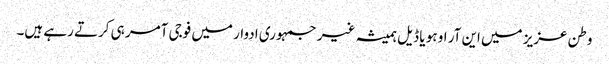
وطن عزیز میں این آر او ہو یا ڈیل ہمیشہ غیر جمہوری ادوار میں فوجی آمر ہی کرتے رہے ہیں۔